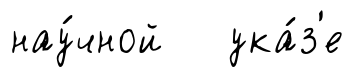
нау́чной ука́з'е